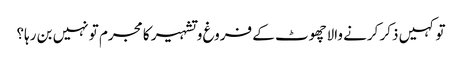
تو کہیں ذکر کرنے والاچھوٹ کے فروغ و تشہیر کا مجرم تو نہیں بن رہا؟